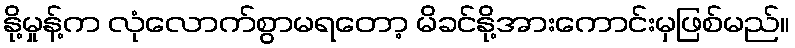
နို့မှုန့်က လုံလောက်စွာမရတော့ မိခင်နို့အားကောင်းမှဖြစ်မည်။